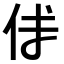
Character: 𠇇